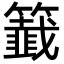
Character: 籖